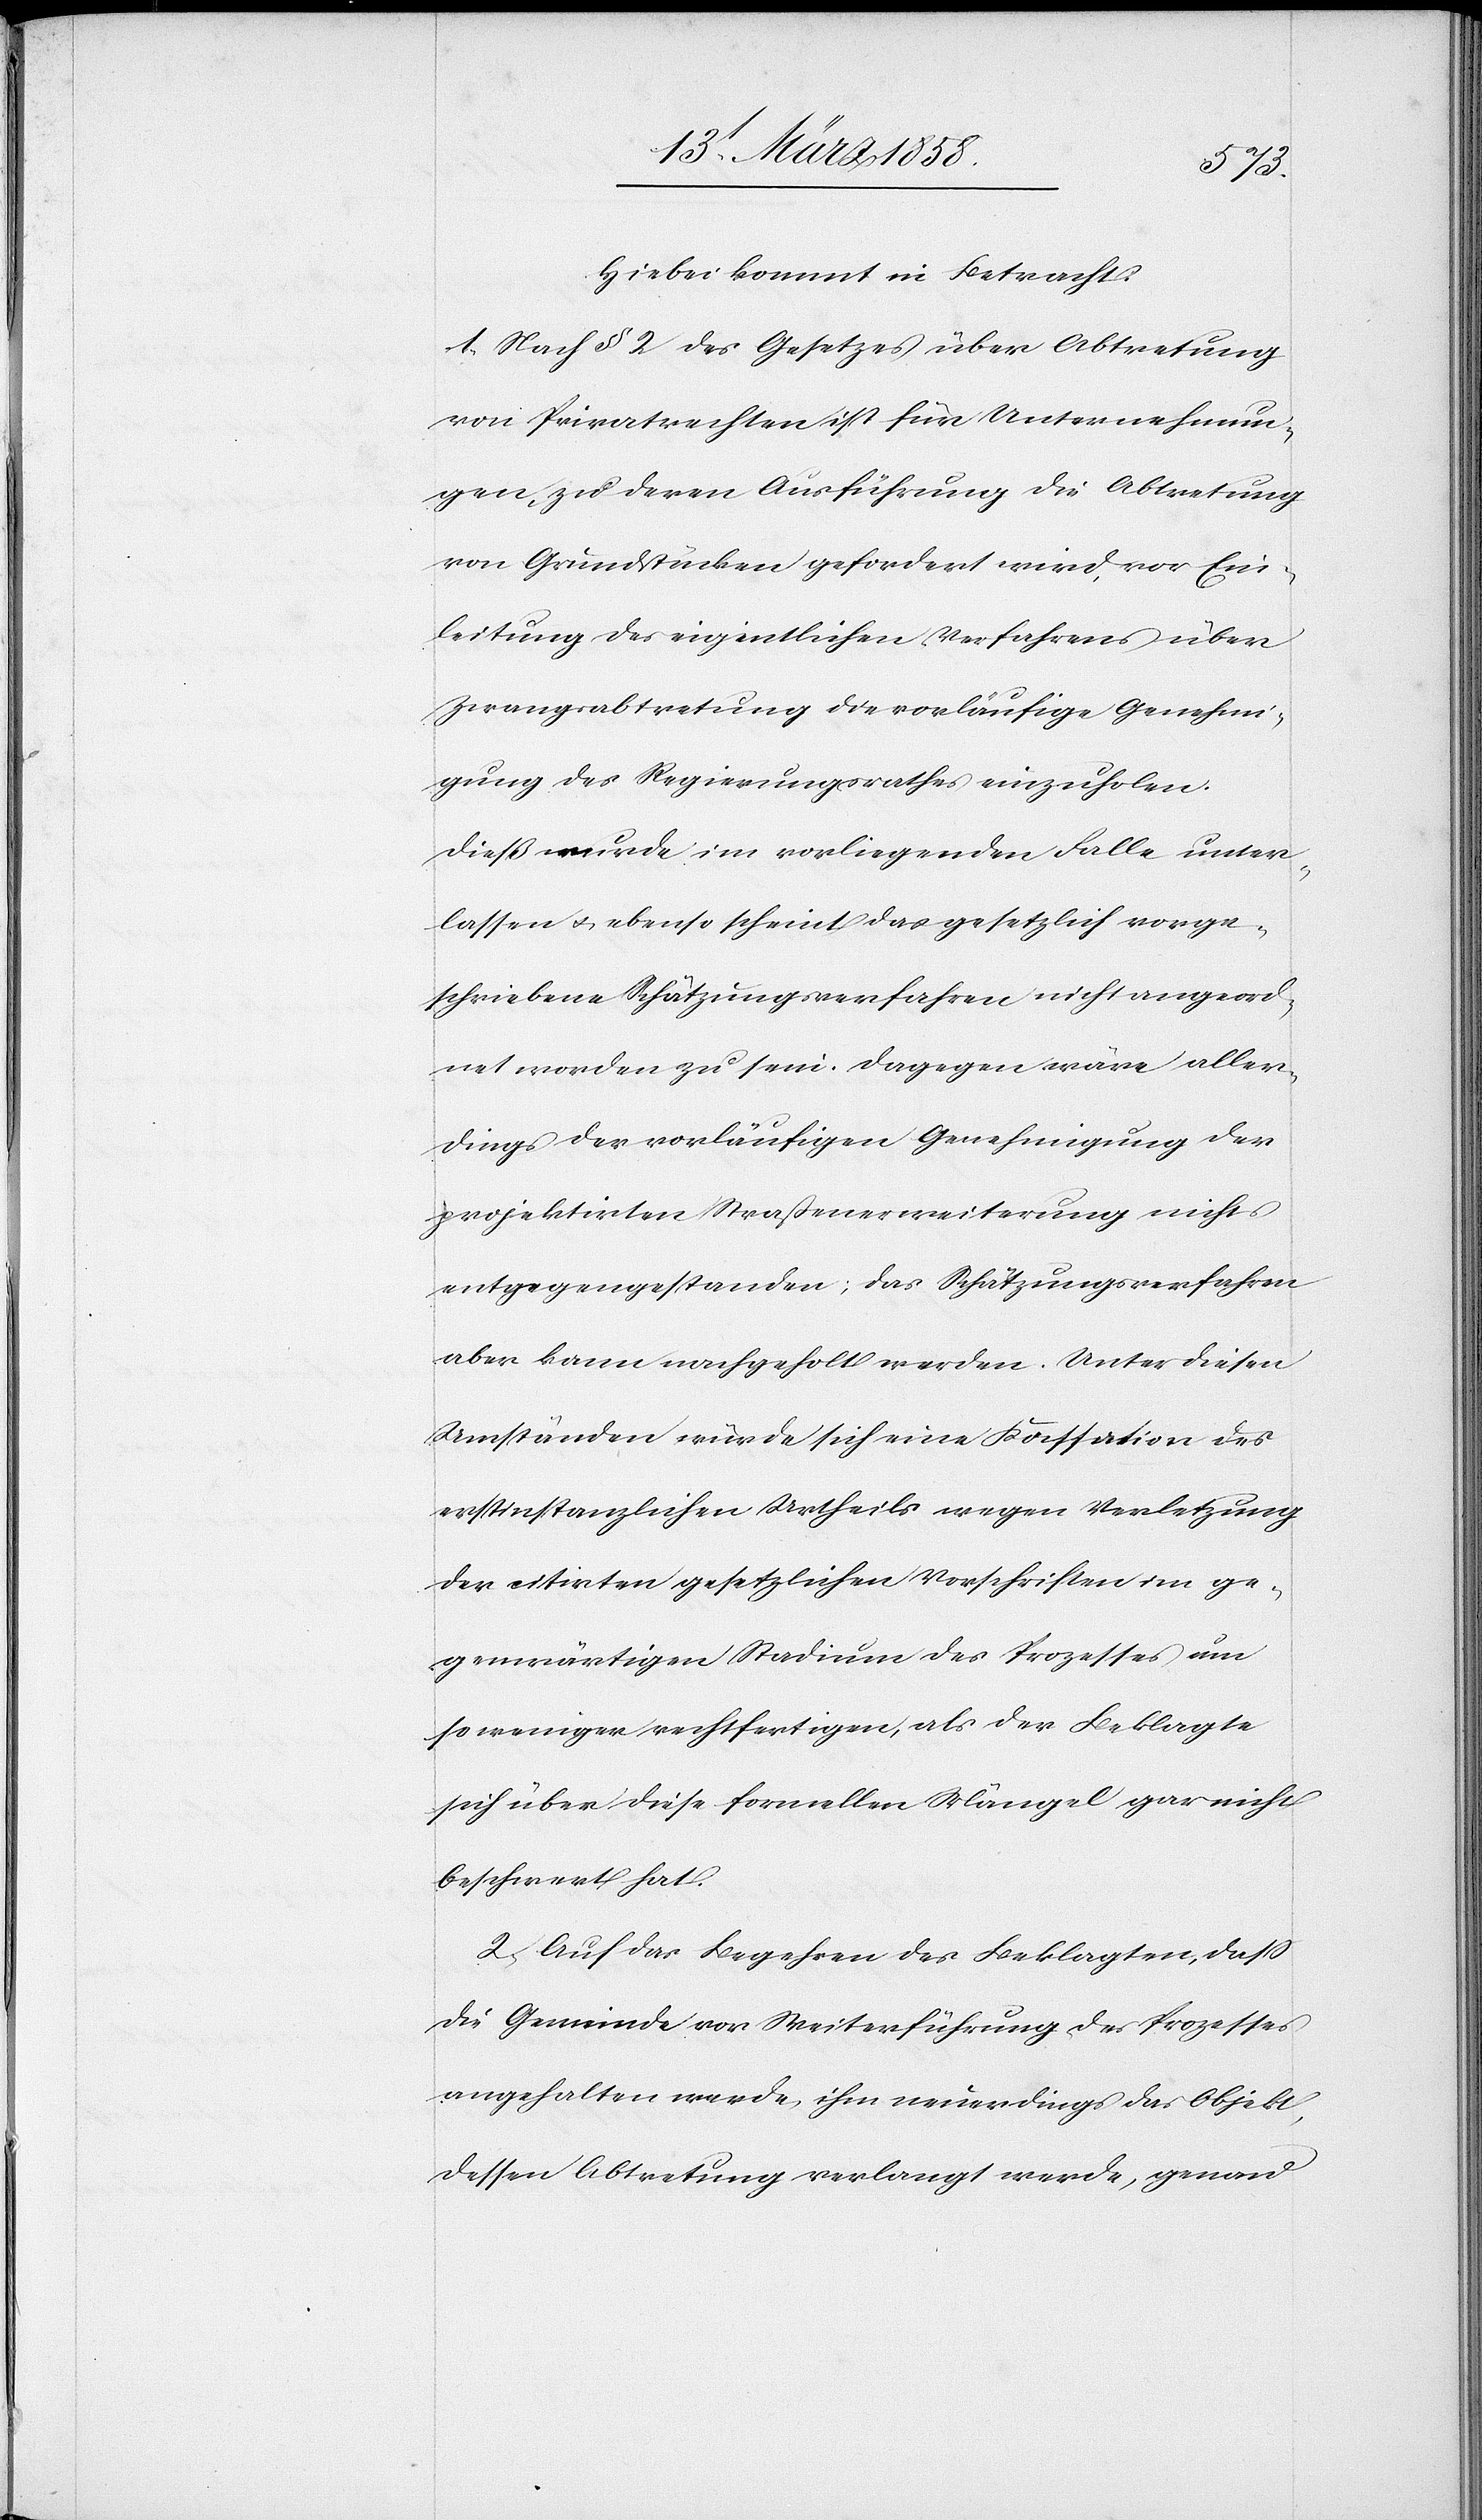
Hiebei kommt in Betracht:
1. Nach § 2 des Gesetzes über Abtretung
von Privatrechten ist für Unternehmun¬
gen, zu deren Ausführung die Abtretung
von Grundstücken gefordert wird, vor Ein¬
leitung des eigentlichen Verfahrens über
Zwangsabtretung die vorläufige Genehmi¬
gung des Regierungsrathes einzuholen.
Dieß wurde im vorliegenden Falle unter¬
lassen u. ebenso scheint das gesetzlich vorge¬
schriebene Schätzungsverfahren nicht angeord¬
net worden zu sein. Dagegen wäre aller¬
dings der vorläufigen Genehmigung der
projektirten Straßenerweiterung nichts
entgegengestanden; das Schätzungsverfahren
aber kann nachgeholt werden. Unter diesen
Umständen würde sich eine Kassation des
erstinstanzlichen Urtheils wegen Verletzung
der citirten gesetzlichen Vorschriften im ge¬
genwärtigen Stadium des Prozesses um
so weniger rechtfertigen, als der Beklagte
sich über diese formellen Mängel gar nicht
beschwert hat.
2. Auf das Begehren des Beklagten, daß
die Gemeinde vor Weiterführung des Prozesses
angehalten werde, ihm neuerdings das Objekt,
dessen Abtretung verlangt werde, genau